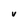
Character: v